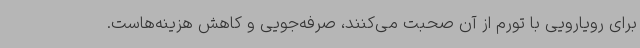
برای رویارویی با تورم از آن صحبت می‌کنند، صرفه‌جویی و کاهش هزینه‌هاست.